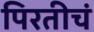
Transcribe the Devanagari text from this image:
पिरतीचं